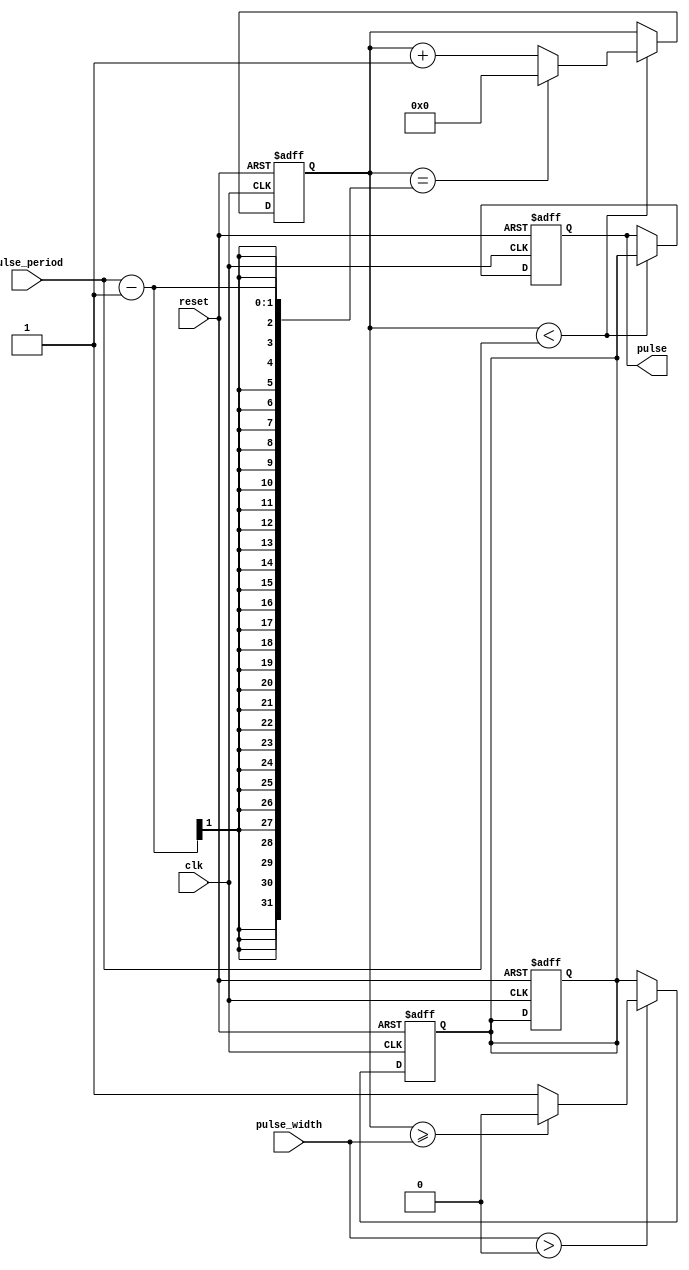
module Asynchronous_Pulse_Generator (
    input wire clk,
    input wire reset,
    input wire pulse_width,
    input wire pulse_period,
    output reg pulse
);

reg [31:0] counter;
reg pulse_enable;

always @(posedge clk or posedge reset) begin
    if (reset) begin
        counter <= 0;
        pulse_enable <= 0;
        pulse <= 0;
    end else begin
        if (counter < pulse_period) begin
            counter <= counter + 1;
            pulse <= pulse_enable;
            if (counter == pulse_period - 1) begin
                counter <= 0;
            end
        end
    end
end

always @(posedge clk or posedge reset) begin
    if (reset) begin
        pulse_enable <= 0;
    end else begin
        if (pulse_width > 0) begin
            pulse_enable <= 1;
            if (counter >= pulse_width) begin
                pulse_enable <= 0;
            end
        end
    end
end

endmodule